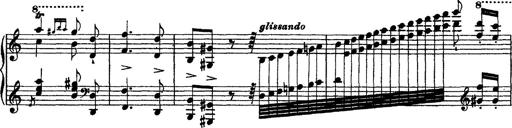
Title: Grandes Ã©tudes de Paganini
Composer: Franz Liszt